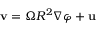
\mathbf { v } = \Omega R ^ { 2 } \nabla \varphi + \mathbf { u }